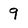
Character: 9